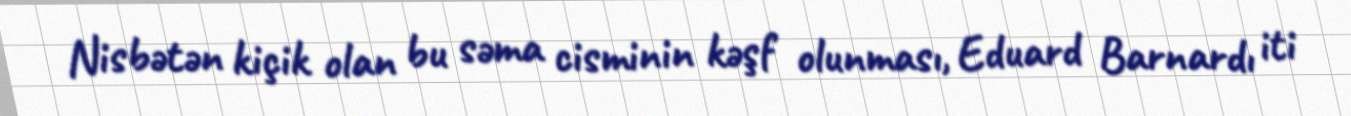
Nisbətən kiçik olan bu səma cisminin kəşf olunması, Eduard Barnardı iti